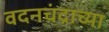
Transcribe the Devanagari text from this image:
वदनचंद्राच्या